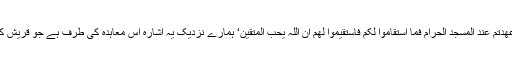
معاہدۂ حدیبیہ کی طرف اشارہ: ’اِلَّا الَّذِیْنَ عٰھَدْتُّمْ عِنْدَ الْمَسْجِدِ الْحَرَامِ فَمَا اسْتَقَامُوْا لَکُمْ فَاسْتَقِیْمُوْا لَھُمْ اِنَّ اللّٰہَ یُحِبُّ الْمُتَّقِیْنَ‘ ہمارے نزدیک یہ اشارہ اس معاہدہ کی طرف ہے جو قریش کے ساتھ صلح حدیبیہ کے موقع پر ہوا تھا۔